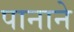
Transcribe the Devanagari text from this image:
पानाने